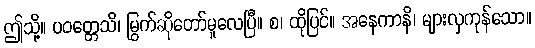
ဤသို့။ ပဝတ္တေသိ၊ မြွက်ဆိုတော်မူလေပြီ။ စ၊ ထိုပြင်။ အနေကာနိ၊ များလှကုန်သော။